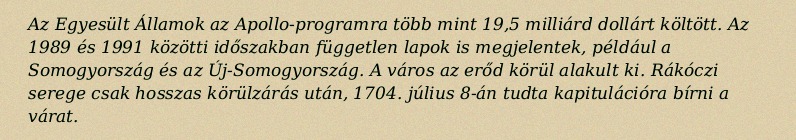
Az Egyesült Államok az Apollo-programra több mint 19,5 milliárd dollárt költött. Az 1989 és 1991 közötti időszakban független lapok is megjelentek, például a Somogyország és az Új-Somogyország. A város az erőd körül alakult ki. Rákóczi serege csak hosszas körülzárás után, 1704. július 8-án tudta kapitulációra bírni a várat.